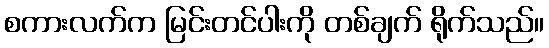
စကားလက်က မြင်းတင်ပါးကို တစ်ချက် ရိုက်သည်။